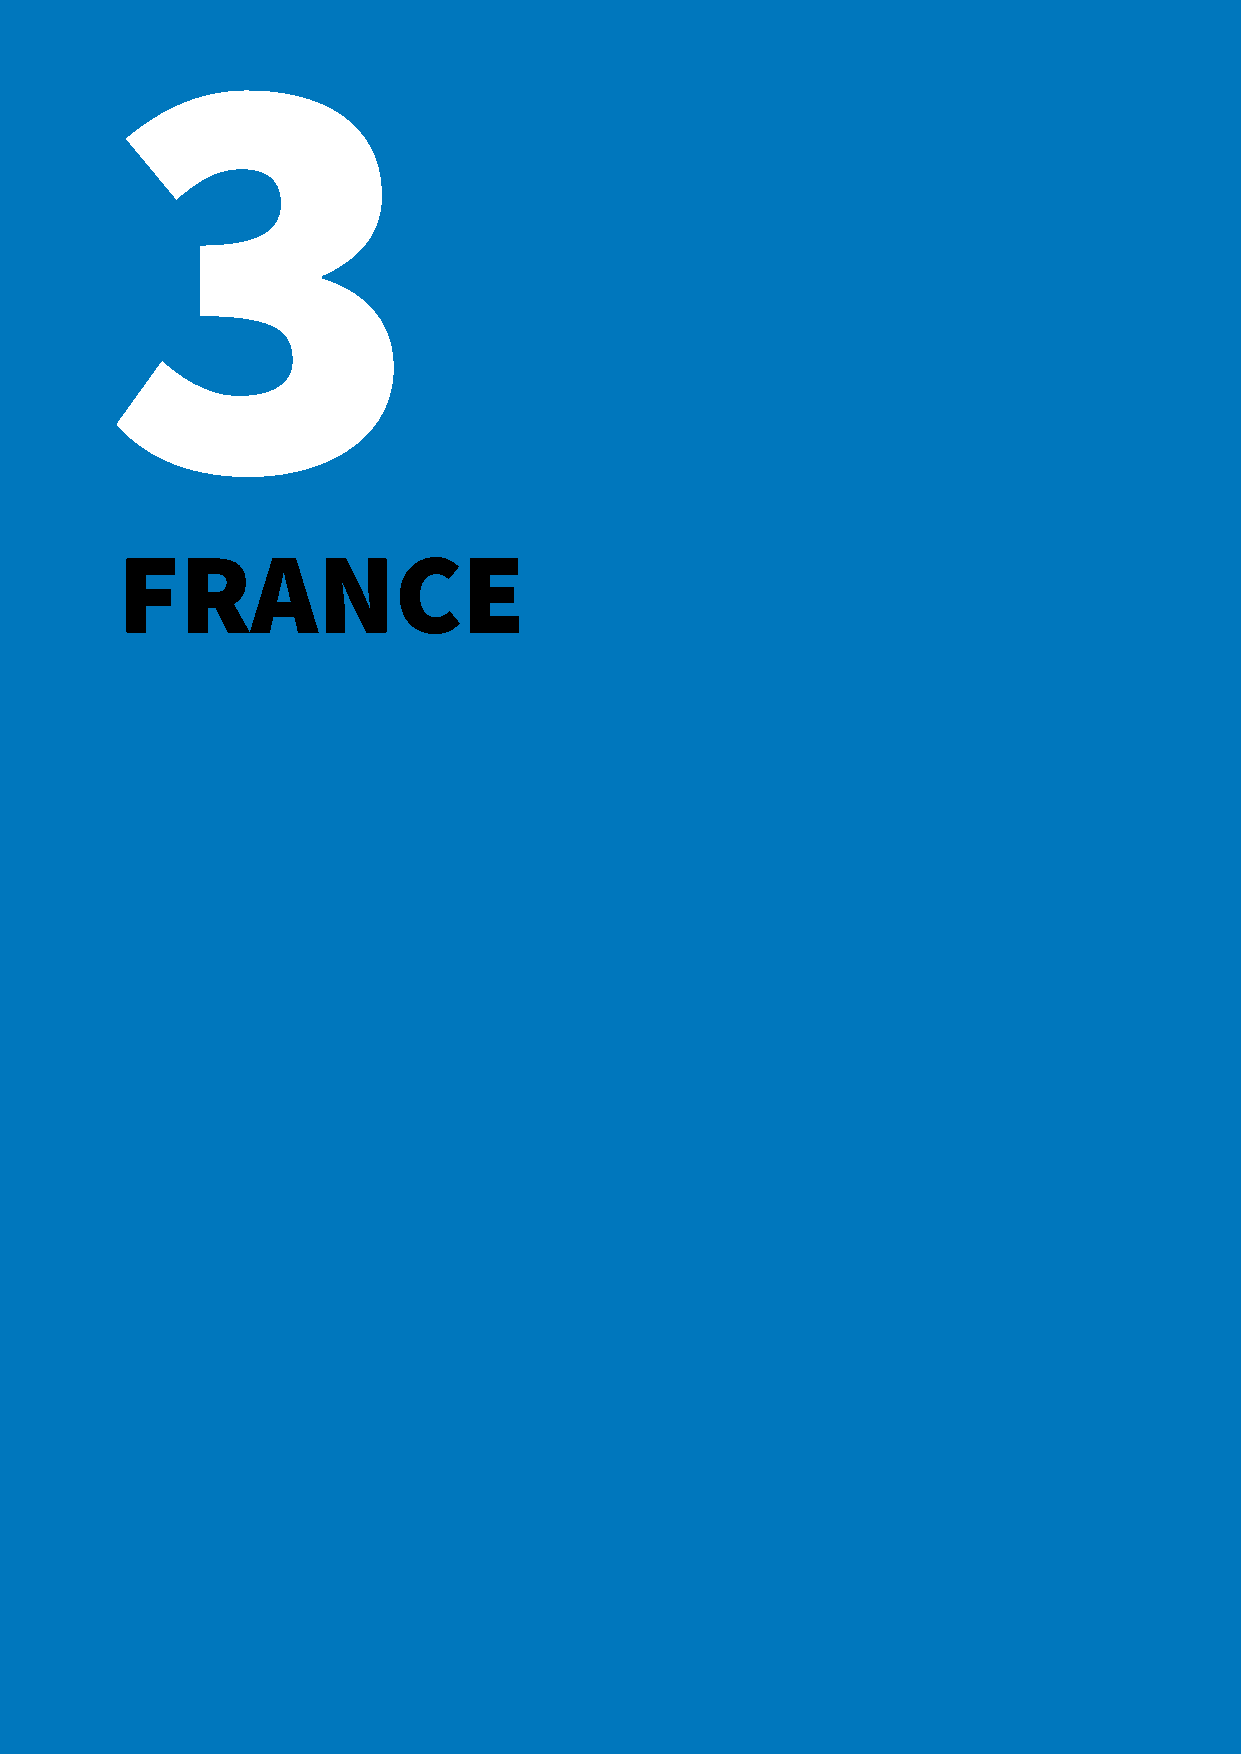
3
 FRANCE
 chapitre 3 — France                                             46